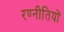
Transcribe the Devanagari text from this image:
रण्नीतियों